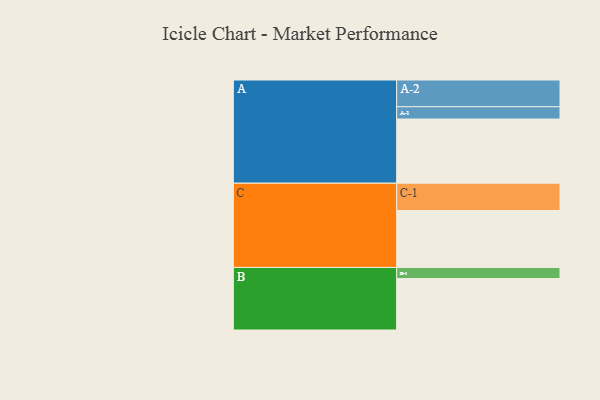
{"axis": {"x": "Segment", "y": "Value"}, "legend": ["", "A", "B", "C"], "data": [{"x": "A", "y": 595, "type": ""}, {"x": "B", "y": 477, "type": ""}, {"x": "C", "y": 528, "type": ""}, {"x": "A-1", "y": 114, "type": "A"}, {"x": "A-2", "y": 248, "type": "A"}, {"x": "B-1", "y": 103, "type": "B"}, {"x": "C-1", "y": 253, "type": "C"}]}